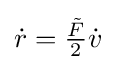
{\textstyle {\dot {r}}={\frac {\tilde {F}}{2}}{\dot {v}}}